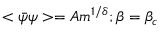
< \bar { \psi } \psi > = A m ^ { 1 / \delta } ; \beta = \beta _ { c }